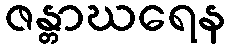
ဇန္တာဃရေန